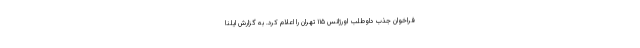
فراخوان جذب داوطلب اورژانس ۱۱۵ تهران را اعلام کرد. به گزارش ایلنا